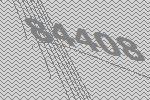
84408